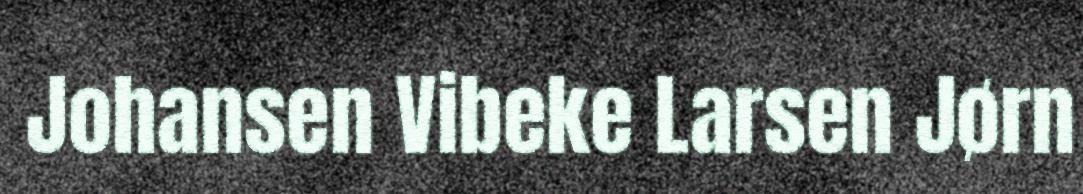
Johansen Vibeke Larsen Jørn